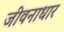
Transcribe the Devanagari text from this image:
जीवनाधार